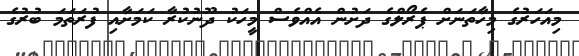
މިއަހަރުގެ މިހާތަނަށް ޕެރޯލްގެ ދަށުން އެއްވެސް މީހަކު ދޫނުކުރާ ކަމަށާއި ފުރަތަމަ ބުރުގެ